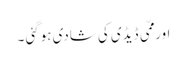
اور ممّی ڈیڈی کی شادی ہوگئی ۔